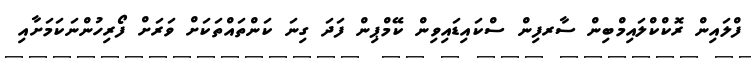
ފްލައިން ރޮކްކްލައިމްބިން ސާރފިން ސްކައިޑައިވިން ކޭމްޕިން ފަދަ ގިނަ ކަންތައްތަކަށް ވަރަށް ފޯރިހުންނަކަމަށާއި